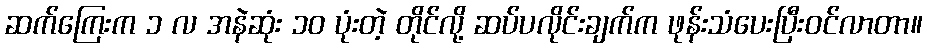
ဆက်ကြေးက ၁ လ အနဲဆုံး ၁ဝ ပုံးတဲ့ တိုင်လို့ ဆပ်ပလိုင်းချက်က ဖုန်းသံပေးပြီးဝင်လာတာ။